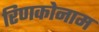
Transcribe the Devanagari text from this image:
रिणकोनाम